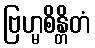
ဗြဟ္မစိန္တိတံ